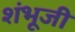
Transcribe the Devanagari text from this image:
शंभूजी